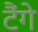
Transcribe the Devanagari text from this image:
टैंगे